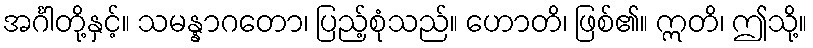
အင်္ဂါတို့နှင့်။ သမန္နာဂတော၊ ပြည့်စုံသည်။ ဟောတိ၊ ဖြစ်၏။ ဣတိ၊ ဤသို့။